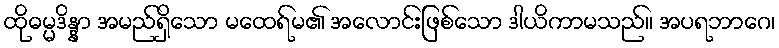
ထိုဓမ္မဒိန္နာ အမည်ရှိသော မထေရ်မ၏ အလောင်းဖြစ်သော ဒါယိကာမသည်။ အပရဘာဂေ၊